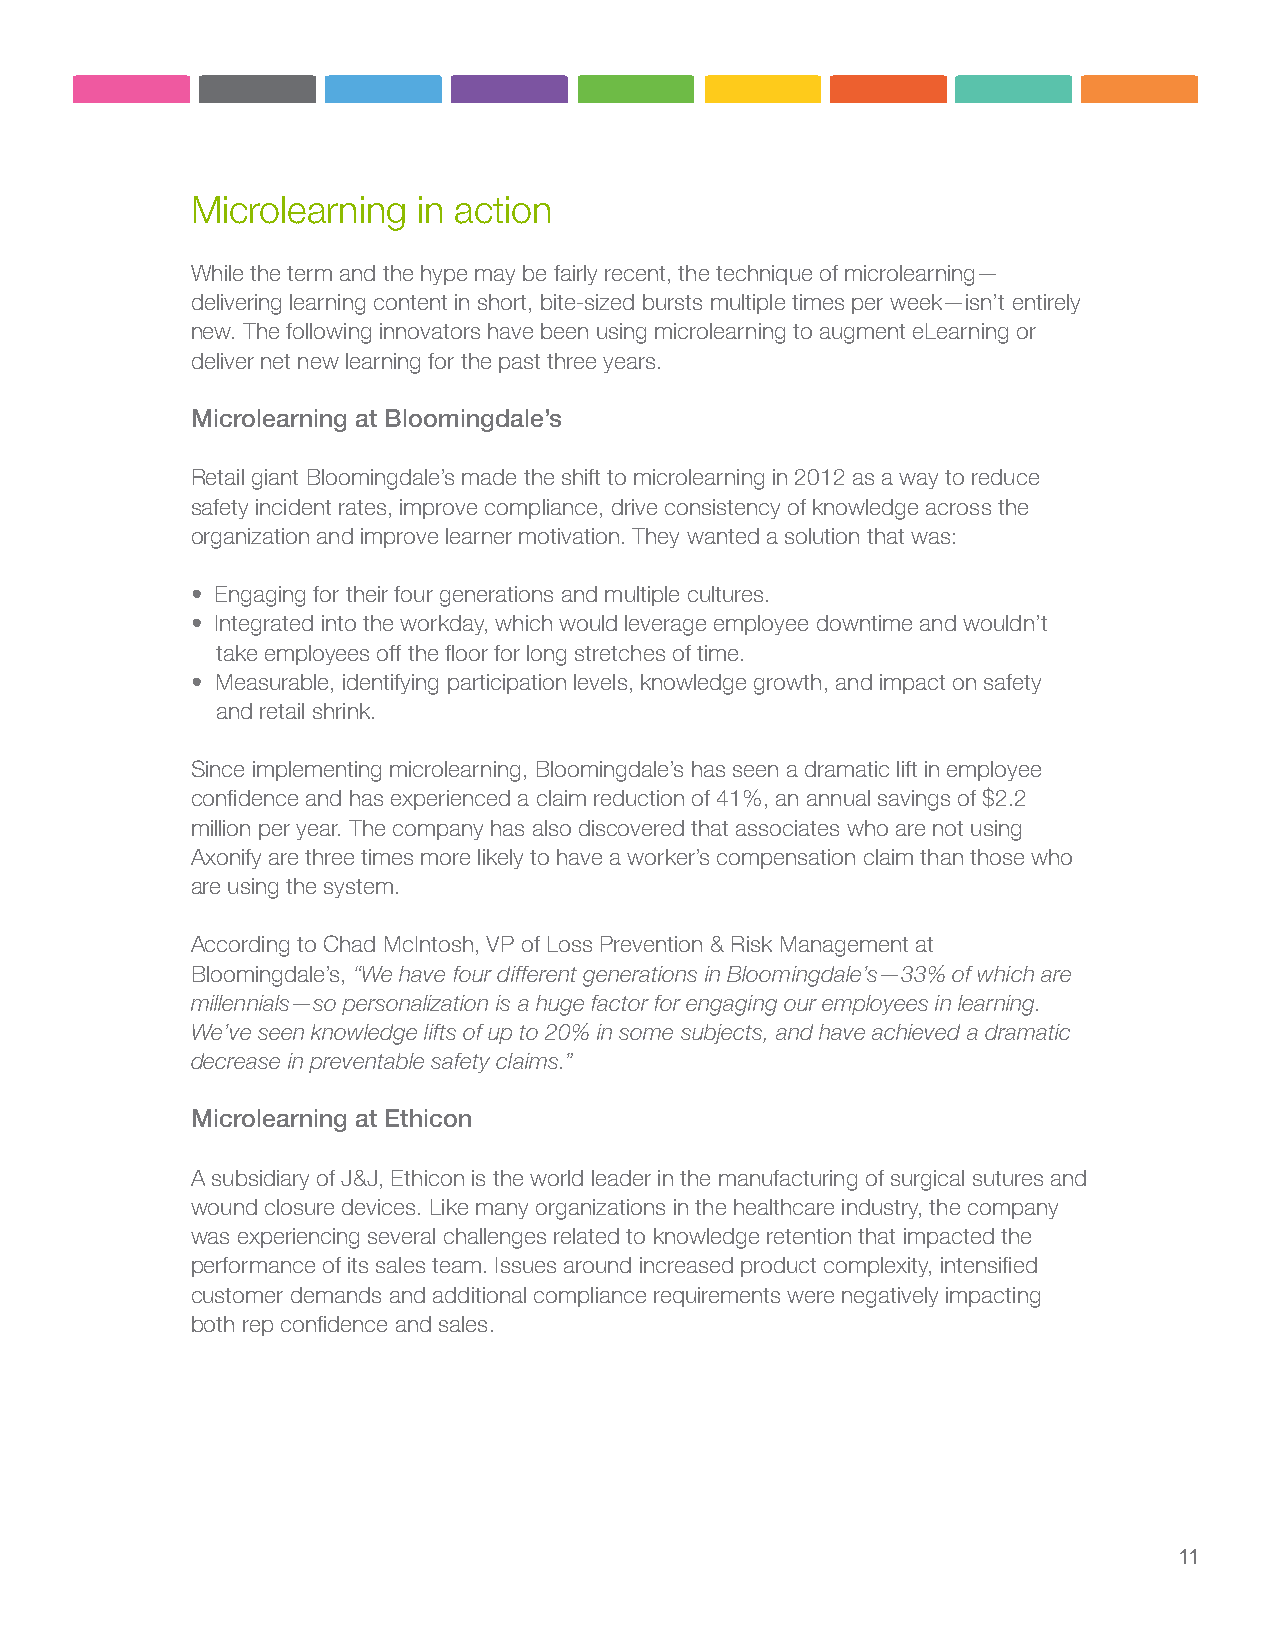
Microlearning  in action
 While the term and the hype may be fairly recent, the technique of microlearning—
 delivering learning content in short, bite-sized bursts multiple times per week—isn’t entirely
 new. The following innovators have been using microlearning to augment eLearning or
 deliver net new learning for the past three years.
 Microlearning at Bloomingdale’s
 Retail giant Bloomingdale’s made the shift to microlearning in 2012 as a way to reduce
 safety incident rates, improve compliance, drive consistency of knowledge across the
 organization and improve learner motivation. They wanted a solution that was:
 • Engaging for their four generations and multiple cultures.
 • Integrated into the workday, which would leverage employee downtime and wouldn’t
 take employees off the floor for long stretches of time.
 • Measurable, identifying participation levels, knowledge growth, and impact on safety
 and retail shrink.
 Since implementing microlearning, Bloomingdale’s has seen a dramatic lift in employee
 confidence and has experienced a claim reduction of 41%, an annual savings of $2.2
 million per year. The company has also discovered that associates who are not using
 Axonify are three times more likely to have a worker’s compensation claim than those who
 are using the system.
 According to Chad McIntosh, VP of Loss Prevention & Risk Management at
 Bloomingdale’s, “We have four different generations in Bloomingdale’s—33% of which are
 millennials—so personalization is a huge factor for engaging our employees in learning.
 We’ve seen knowledge lifts of up to 20% in some subjects, and have achieved a dramatic
 decrease in preventable safety claims.”
 Microlearning at Ethicon
 A subsidiary of J&J, Ethicon is the world leader in the manufacturing of surgical sutures and
 wound closure devices. Like many organizations in the healthcare industry, the company
 was experiencing several challenges related to knowledge retention that impacted the
 performance of its sales team. Issues around increased product complexity, intensified
 customer demands and additional compliance requirements were negatively impacting
 both rep confidence and sales.
 11